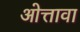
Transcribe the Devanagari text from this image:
ओत्तावा